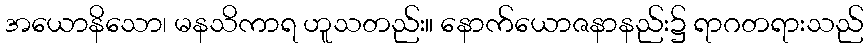
အယောနိသော၊ မနသိကာရ ဟူသတည်း။ နောက်ယောဇနာနည်း၌ ရာဂတရားသည်